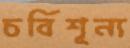
চর্বিশূন্য